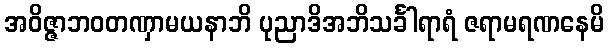
အဝိဇ္ဇာဘဝတဏှာမယနာဘိ ပုညာဒိအဘိသင်္ခါရာရံ ဇရာမရဏနေမိ